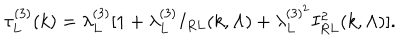
\tau _ { L } ^ { ( 3 ) } ( k ) = \lambda _ { L } ^ { ( 3 ) } [ 1 + \lambda _ { L } ^ { ( 3 ) } I _ { R L } ( k , \Lambda ) + \lambda _ { L } ^ { ( 3 ) ^ { 2 } } I _ { R L } ^ { 2 } ( k , \Lambda ) ] .